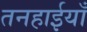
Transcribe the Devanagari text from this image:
तनहाईयाँ